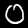
Digit: 0